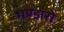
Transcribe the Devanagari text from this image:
भण्डारो